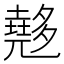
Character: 𡗉